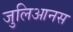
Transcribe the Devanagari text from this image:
जुलिआनस